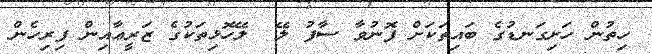
ހިތުން ހަށިގަނޑުގެ ބައިތަކަށް ފޮނުވާ ސާފު ލޭ  ލޭހޮޅިތަކުގެ ޒަރީޢާއިން ފިރިހެން